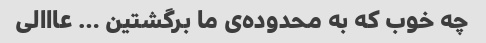
چه خوب که به محدوده‌ی ما برگشتین … عااالی